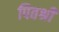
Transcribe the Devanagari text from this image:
पितश्री